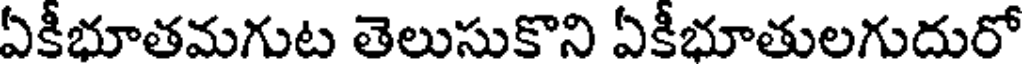
ఏకీభూతమగుట తెలుసుకొని ఏకీభూతులగుదురో